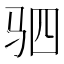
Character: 驷